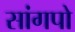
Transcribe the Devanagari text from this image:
सांगपो